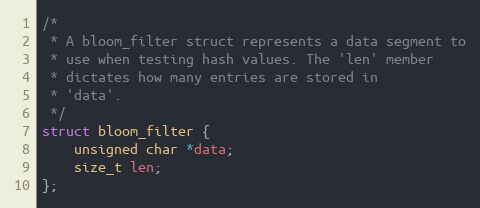
Language: C
/*
 * A bloom_filter struct represents a data segment to
 * use when testing hash values. The 'len' member
 * dictates how many entries are stored in
 * 'data'.
 */
struct bloom_filter {
	unsigned char *data;
	size_t len;
};